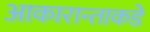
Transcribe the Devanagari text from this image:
आकारान्ताकडे